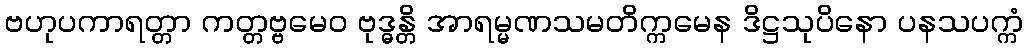
ဗဟုပကာရတ္တာ ကတ္တဗ္ဗမေဝ ဗုဒ္ဓန္တိ အာရမ္မဏသမတိက္ကမေန ဒိဋ္ဌသုပိနော ပနသပက္ကံ